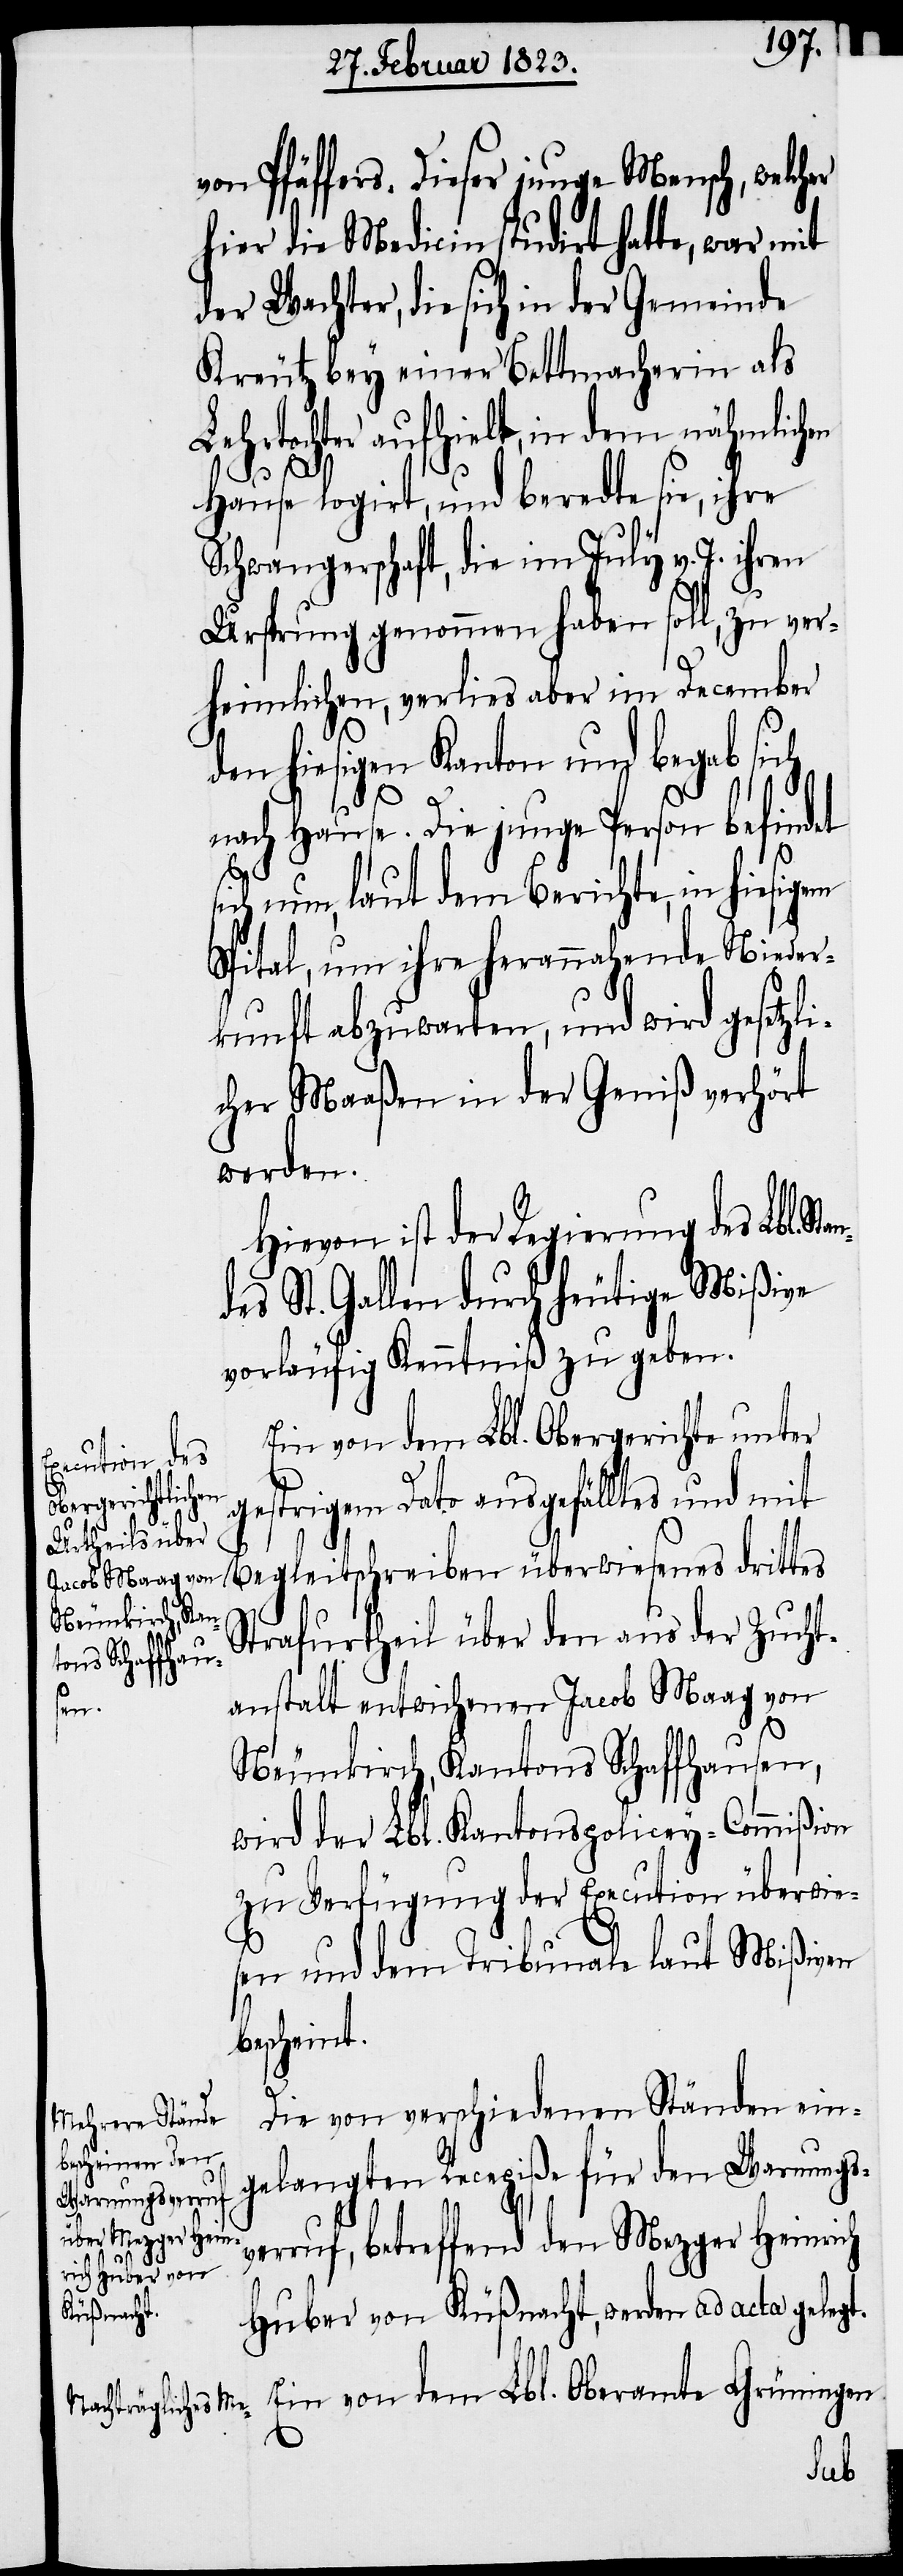
von Pfäffers. Dieser junge Mensch, welch¬
hier die Medicin studirt hatte, war mit
der Wachter, die sich in der Gemeinde
Kreutz bey einer Bettmacherin als
Lehrtochter aufhielt, in dem nähmlichen
Hause logirt, und beredte sie, ihre
Schwangerschaft, die im July v. J. ihren
Ursprung genommen haben soll, zu ver¬
heimlichen, verlies[s] aber im December
den hiesigen Kanton und begab sich
tand¬
nach Hause. Die junge Person befindet
s¬
ich nun, laut dem Berichte, in
Spital, um ihre herannahende Nieder¬
kunft abzuwarten, und wird gesetzli¬
cher Maaßen in der Geniß verhört
werden.
Hievon ist der Regierung des Lbl. S¬
es St. Gallen durch heutige Mißive
vorläufig Kenntniß zu geben.
Ein von dem Lbl. Obergerichte unter
gestrigem Dato ausgefälltes und mit
Begleitschreiben überwiesenes drittes
Strafurtheil über den aus der Zucht¬
anstalt entwichenen Jacob Maag von
Neunkirch, Kantons Schaffhausen,
wird der Lbl. Kantonspolicey-Commißion
zu Verfügung der Execution überwie¬
sen und dem Tribunale laut Mißiven
bescheint.
er
Die von verschiedenen Ständen ein¬
gelangten Recepiße für den Warnungsv¬
erruf, betreffend den Mezger Heinrich
Huber von Küßnacht, werden ad acta gelegt.
Ein von dem Lbl. Oberamte Grüningen